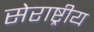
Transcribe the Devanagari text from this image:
सेराष्ट्रीय